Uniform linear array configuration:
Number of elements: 12
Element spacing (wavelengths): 0.75
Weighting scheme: blackman
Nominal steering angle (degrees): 30
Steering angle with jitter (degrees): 31.246
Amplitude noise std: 0.05
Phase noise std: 0.05

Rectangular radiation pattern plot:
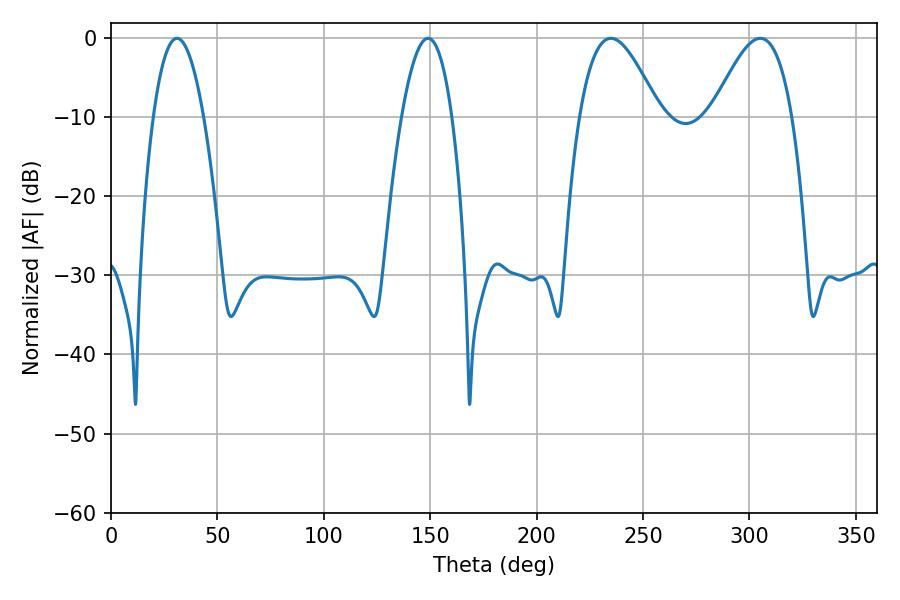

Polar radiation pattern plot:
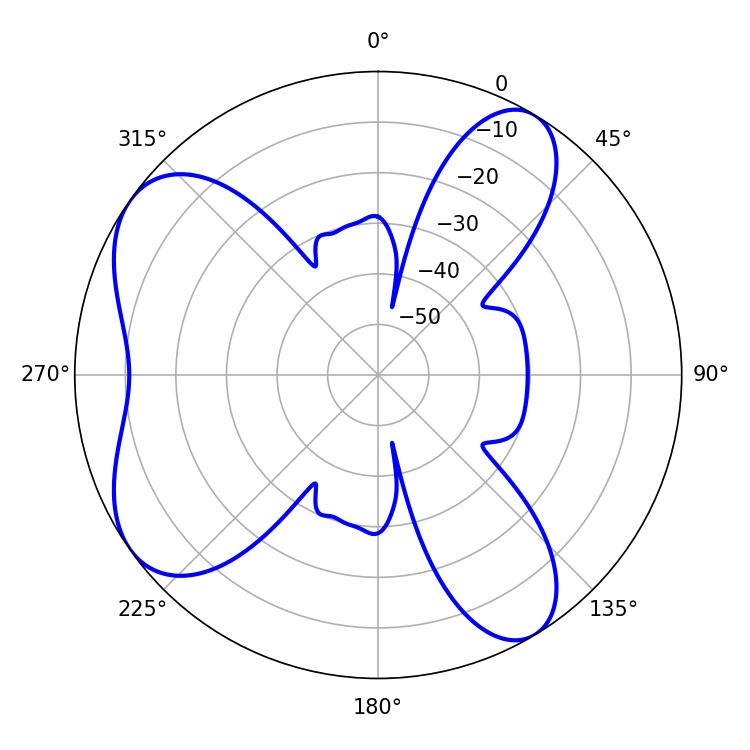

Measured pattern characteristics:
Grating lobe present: TRUE
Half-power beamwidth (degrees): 20.34
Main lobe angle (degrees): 234.9